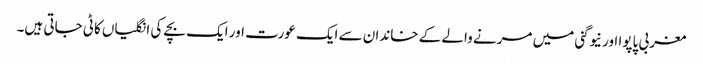
مغربی پاپوا اور نیوگنی میں مرنے والے کے خاندان سے ایک عورت اور ایک بچے کی انگلیاں کاٹی جاتی ہیں۔